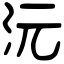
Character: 沅